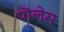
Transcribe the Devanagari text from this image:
पॊलेस